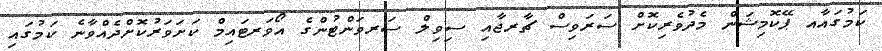
ކަމުގައާއ ޕޭކޮމިޝަން މެދުވެރިކޮށް ސަރަވިސް ޗާރޖާއި ސިވިލް ސަރވަންޓުންގެ އޯވަރޓައިމް ކަށަވަރުކޮށްދެއްވާނެ ކަމުގައި